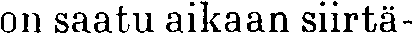
on saatu aikaan siirtä-